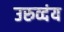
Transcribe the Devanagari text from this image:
उरुव्दंय